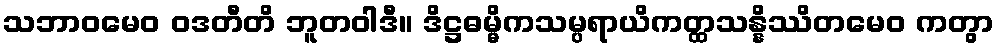
သဘာဝမေဝ ဝဒတီတိ ဘူတဝါဒီ။ ဒိဋ္ဌဓမ္မိကသမ္ပရာယိကတ္ထသန္နိဿိတမေဝ ကတွာ